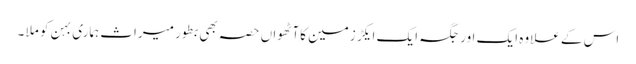
اس کے علاوہ ایک اور جگہ ایک ایکڑ زمین کاآٹھواں حصہ بھی بطور میراث ہماری بہن کو ملا ۔